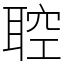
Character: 聜